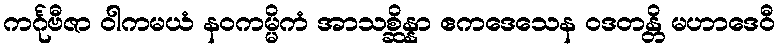
ကင်္ဂုဗီဇာ ဝါကမယံ နဝကမ္မိကံ အာသစ္ဆိန္နာ ဧကဒေသေန ဝဒတန္တိ မဟာဒေဝီ